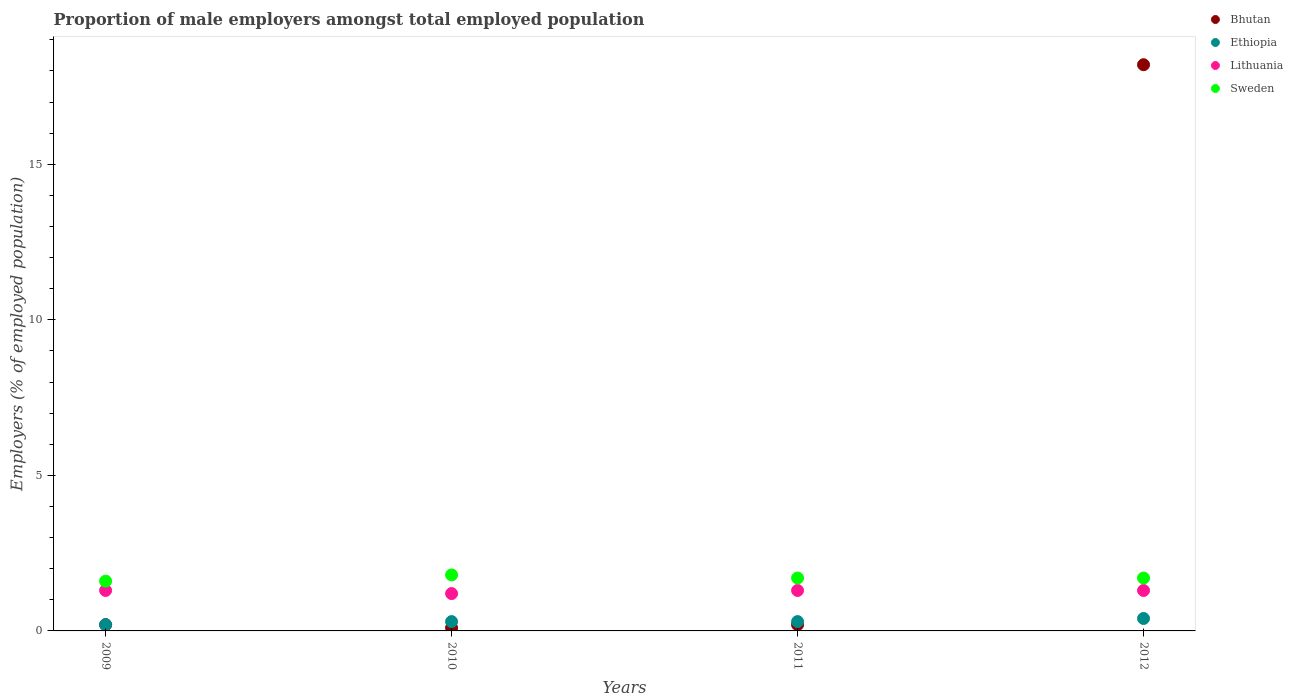
| Years | Bhutan | Ethiopia | Lithuania | Sweden |
 | --- | --- | --- | --- | --- |
 | 2009 | 0.2 | 0.2 | 1.3 | 1.6 |
 | 2010 | 0.1 | 0.3 | 1.2 | 1.8 |
 | 2011 | 0.2 | 0.3 | 1.3 | 1.7 |
 | 2012 | 18.2 | 0.4 | 1.3 | 1.7 |